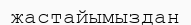
жастайымыздан